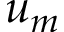
u _ { m }